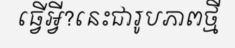
ធ្វើអ្វី?នេះជារូបភាពថ្មី